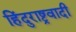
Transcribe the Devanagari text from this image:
हिंदुराष्ट्रवादी